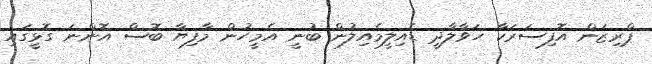
ޕްރިޒަން އޮފިސަރަކާ ހަވާލާދީ ޑެއިލީމެއިލުން ބުނީ އެމީހުން މާފިޔާ ބޮސް އޮންނަ ގޮޅީގައި